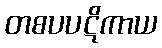
တစပပဋိကာယ